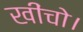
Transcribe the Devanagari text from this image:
खींचो।